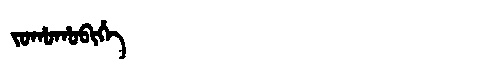
Manchu: ᠵᠣᡥᠣᡥᠣᠪᡳᡥᡝ
Romanization: JOHOHOBIHE